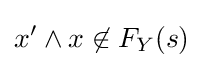
x'\wedge x\not \in F_{Y}(s)